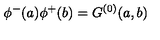
\phi ^ { - } ( a ) \phi ^ { + } ( b ) = G ^ { ( 0 ) } ( a , b )